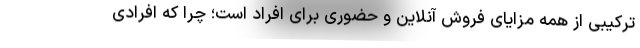
ترکیبی از همه مزایای فروش آنلاین و حضوری برای افراد است؛ چرا که افرادی